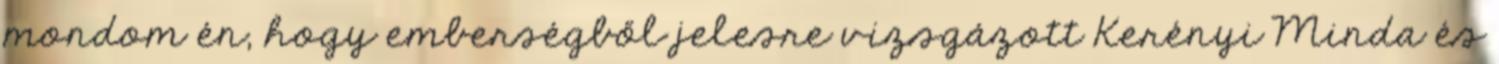
mondom én, hogy emberségből jelesre vizsgázott Kerényi Minda és